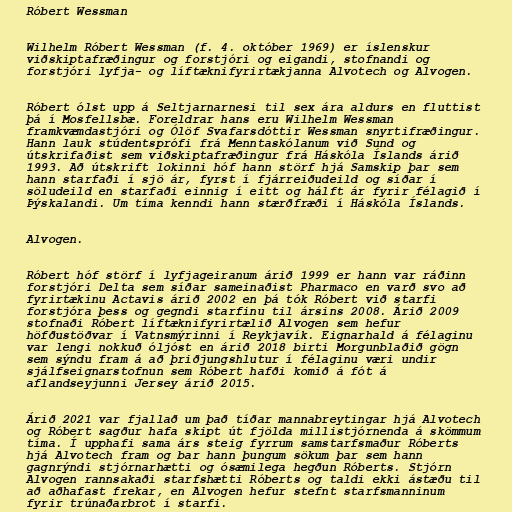
Róbert Wessman

Wilhelm Róbert Wessman (f. 4. október 1969) er íslenskur
viðskiptafræðingur og forstjóri og eigandi, stofnandi og
forstjóri lyfja- og líftæknifyrirtækjanna Alvotech og Alvogen.

Róbert ólst upp á Seltjarnarnesi til sex ára aldurs en fluttist
þá í Mosfellsbæ. Foreldrar hans eru Wilhelm Wessman
framkvæmdastjóri og Ólöf Svafarsdóttir Wessman snyrtifræðingur.
Hann lauk stúdentsprófi frá Menntaskólanum við Sund og
útskrifaðist sem viðskiptafræðingur frá Háskóla Íslands árið
1993. Að útskrift lokinni hóf hann störf hjá Samskip þar sem
hann starfaði í sjö ár, fyrst í fjárreiðudeild og síðar í
söludeild en starfaði einnig í eitt og hálft ár fyrir félagið í
Þýskalandi. Um tíma kenndi hann stærðfræði í Háskóla Íslands.

Alvogen.

Róbert hóf störf í lyfjageiranum árið 1999 er hann var ráðinn
forstjóri Delta sem síðar sameinaðist Pharmaco en varð svo að
fyrirtækinu Actavis árið 2002 en þá tók Róbert við starfi
forstjóra þess og gegndi starfinu til ársins 2008. Árið 2009
stofnaði Róbert líftæknifyrirtælið Alvogen sem hefur
höfðustöðvar í Vatnsmýrinni í Reykjavík. Eignarhald á félaginu
var lengi nokkuð óljóst en árið 2018 birti Morgunblaðið gögn
sem sýndu fram á að þriðjungshlutur í félaginu væri undir
sjálfseignarstofnun sem Róbert hafði komið á fót á
aflandseyjunni Jersey árið 2015.

Árið 2021 var fjallað um það tíðar mannabreytingar hjá Alvotech
og Róbert sagður hafa skipt út fjölda millistjórnenda á skömmum
tíma. Í upphafi sama árs steig fyrrum samstarfsmaður Róberts
hjá Alvotech fram og bar hann þungum sökum þar sem hann
gagnrýndi stjórnarhætti og ósæmilega hegðun Róberts. Stjórn
Alvogen rannsakaði starfshætti Róberts og taldi ekki ástæðu til
að aðhafast frekar, en Alvogen hefur stefnt starfsmanninum
fyrir trúnaðarbrot í starfi.